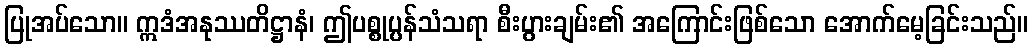
ပြုအပ်သော။ ဣဒံအနုဿတိဋ္ဌာနံ၊ ဤပစ္စုပ္ပန်သံသရာ စီးပွားချမ်း၏ အကြောင်းဖြစ်သော အောက်မေ့ခြင်းသည်။